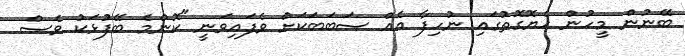
ބޭނުން މީހުން ހެޔޮގޮތުގައި ނުހިފާ އެއް ސަބަބަކަށް ވެފައިވަނީ "ކޮންމެ ބޭފުޅަކު ވެސް